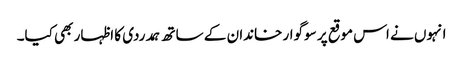
انہوں نے اس موقع پر سوگوار خاندان کے ساتھ ہمدردی کا اظہار بھی کیا۔